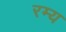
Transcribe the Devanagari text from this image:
रम्‍य